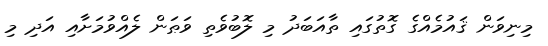
މިނިވަން ޤައުމެއްގެ ގޮތުގައި ތާއަބަދު މި ލޮބުވެތި ވަޠަން ލެއްވުމަށާއި އަދި މި